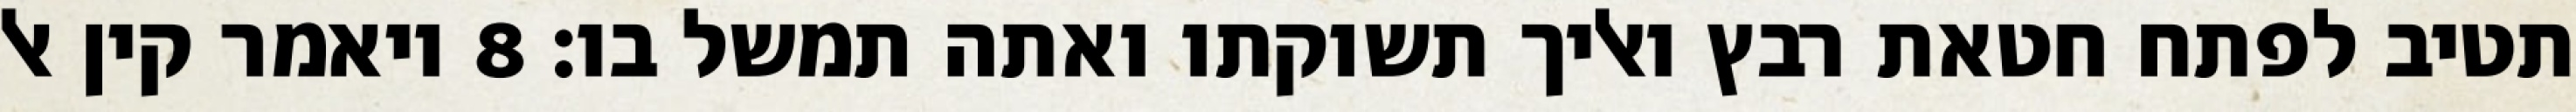
תטיב לפתח חטאת רבץ ואליך תשוקתו ואתה תמשל בו׃ ‎8‏ ויאמר קין אל